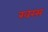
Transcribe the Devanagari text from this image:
खरस